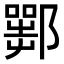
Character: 𨞍